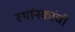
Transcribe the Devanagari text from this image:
स्थांनकांची